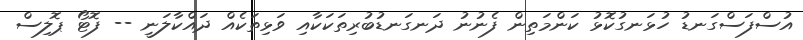
އުސްފަސްގަނޑު ހުޅަނގުކޮޅު ކަންމަތިން ފެނުނު ދަނގަނޑުބުރިތަކަކާއި ވަޅިތަކެއް ދައްކާލަނީ -- ފޮޓޯ ޕޮލިސް